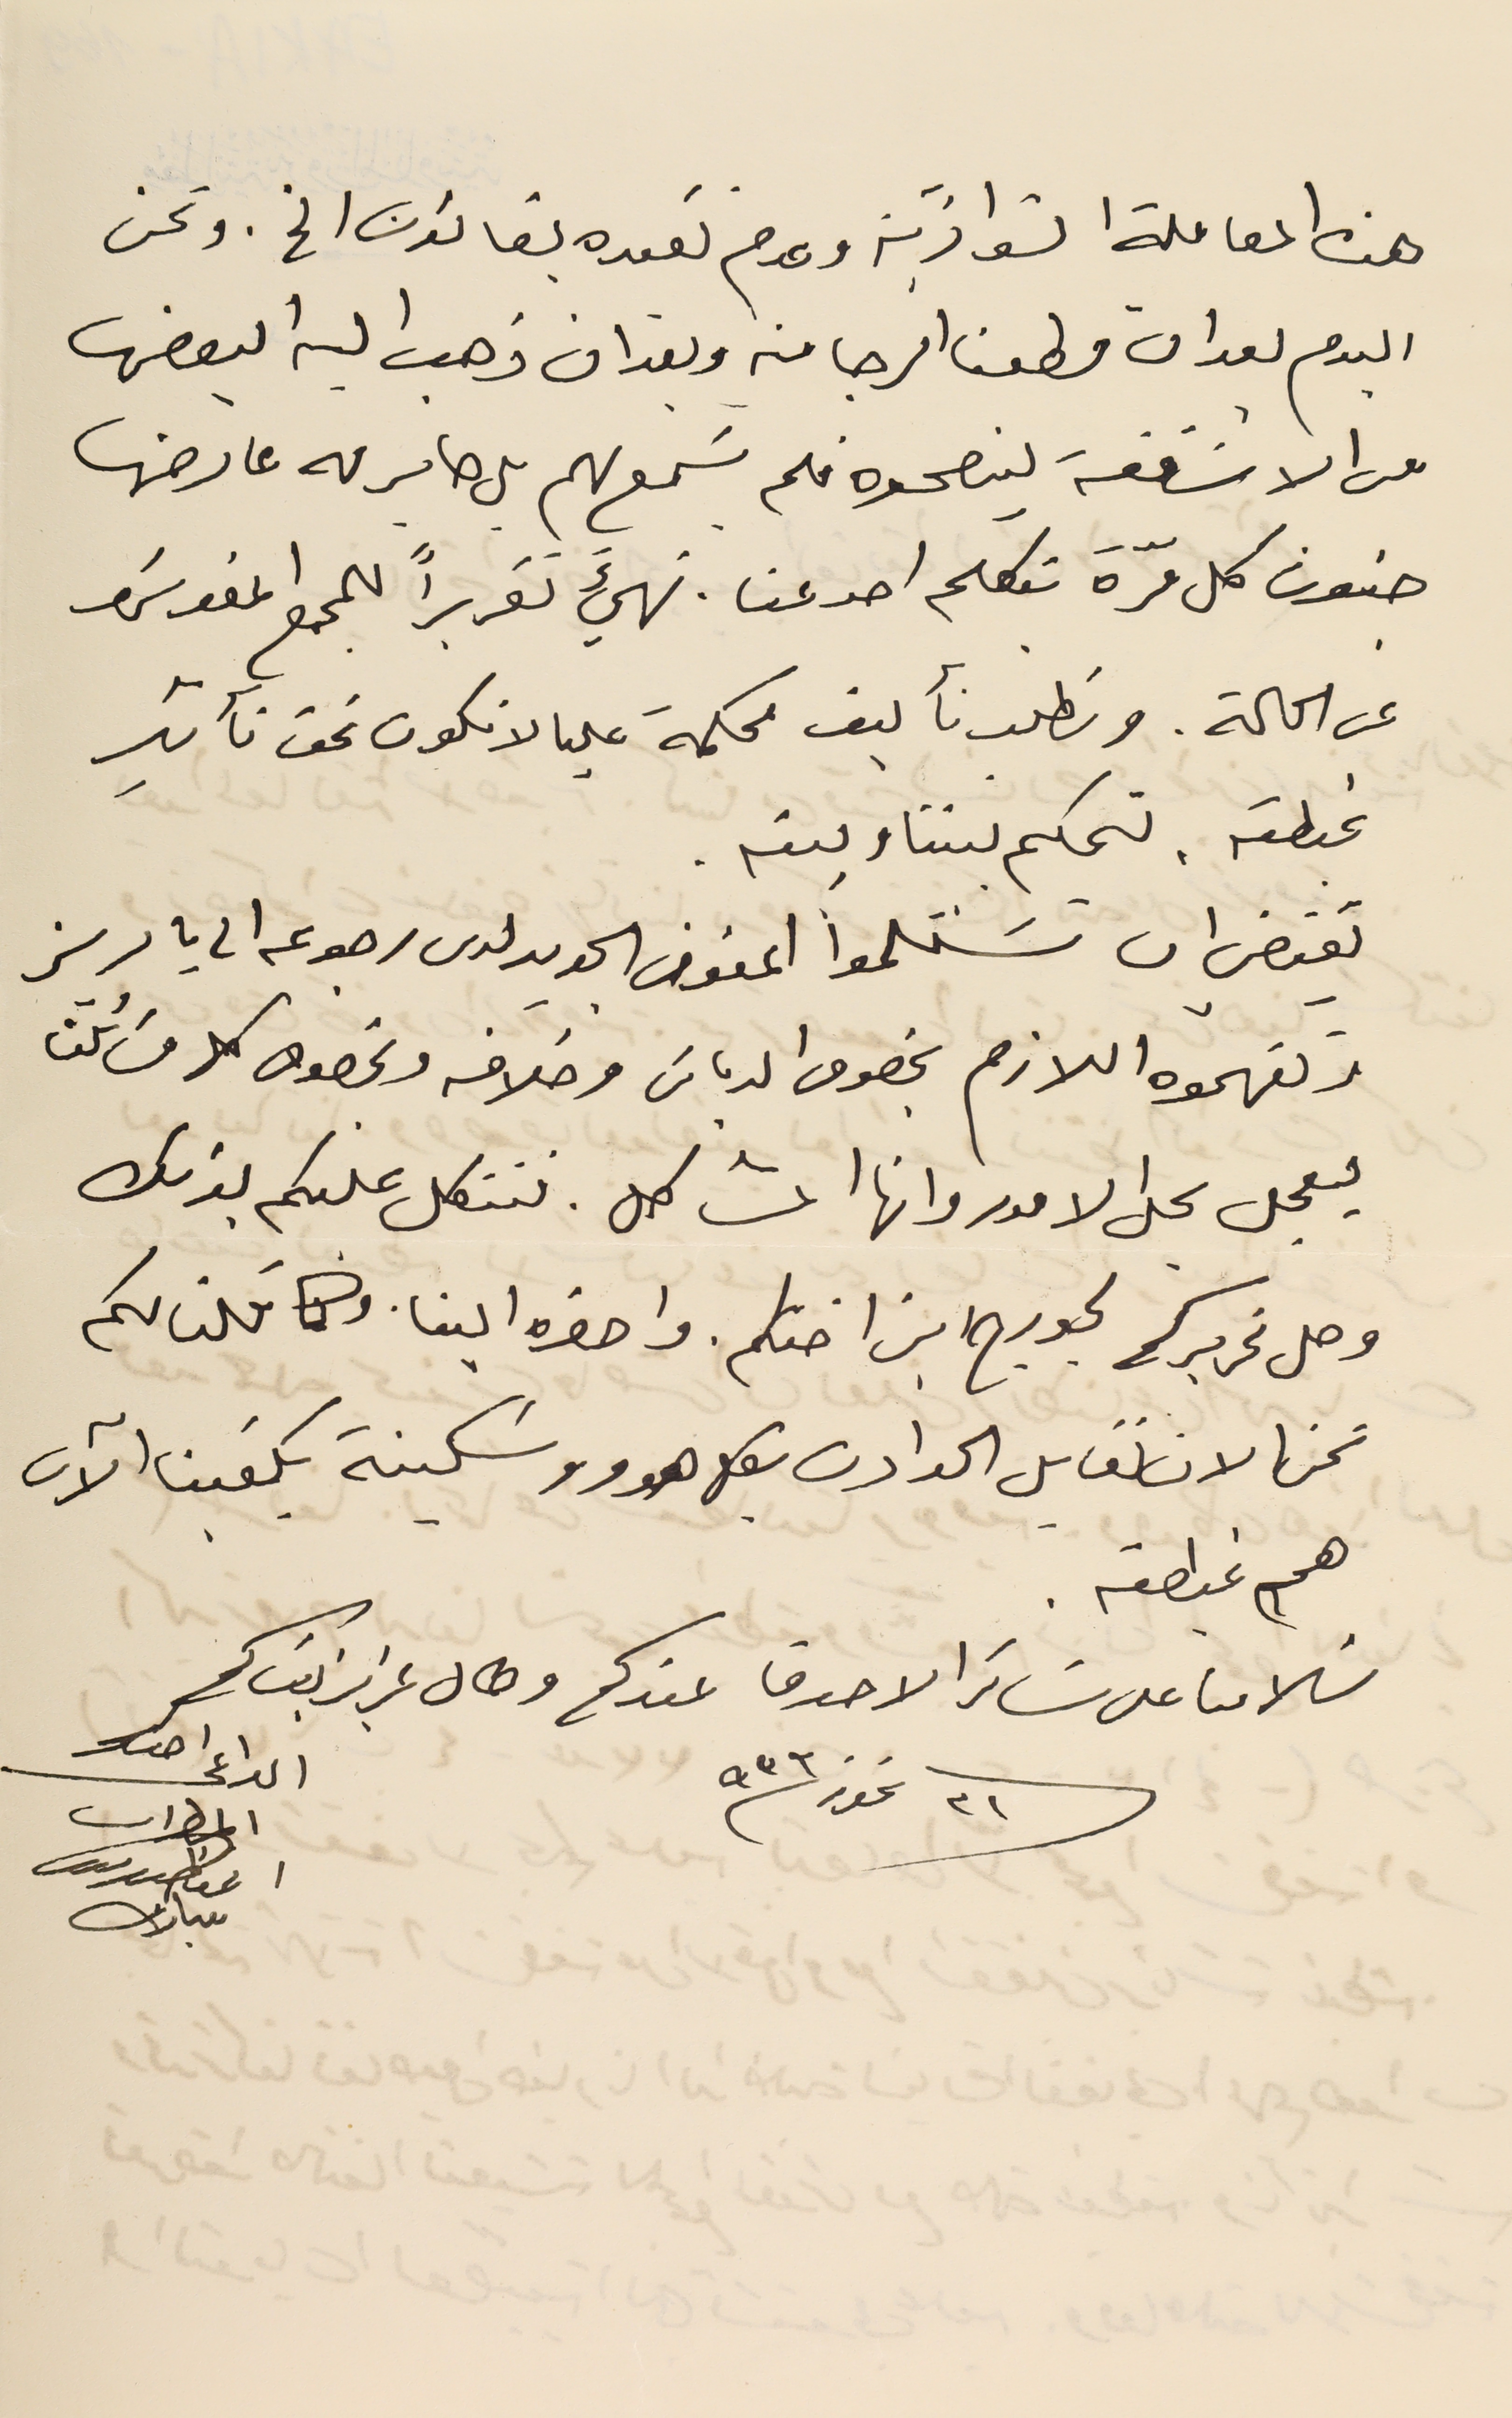
هذه المعاملة الشواذيَة وعدم تقيده بقانون الخ. ونحن
اليوم بعد ان قطعنا الرجا منه وبعد ان ذهب اليه البعض
من الاساقفة لينصحوه فلم يسَمع لهم بل صاير له عارض
جنون كل مرّة تكلم احد عنا. نهيءَ تقريراً للمجمع المقدسَ
عن الحالة. ونطلب تأليف محكمة عليا لا تكون تحت تأثير
غبطته. تحكم بيننا وبينه.
يقتضي ان تسَتلموا المفوض الجديد لدى رجوعه الى باريز
وتفهموه اللازم بخصوص الدباسَ وخلافه وبخصوص كل مسَائلنا
ليعجل بحل الامور وانها المشاكل. فنتكل عليكم بذلك
 وصل تحريركم لجورج ابن اختكم. واحضره الينا. وكما قلنا لكم
نحن الان نقابل الحوادث بكل هدوء وسَكينة يكفينا الآن
هم غبطته.
سَلامنا على سَائر الاصدقا عندكم وطال عزيز بقاكم
٣١ تموز ٩٣٦
الداعى اخوكم
المطران
اغناطيوس
مبارك